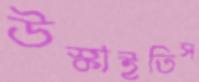
উস্‌কাইতিস